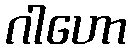
ဂါဟော